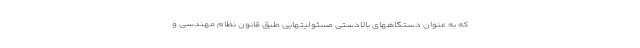
که به عنوان دستگاههای بالادستی مسئولیتهایی طبق قانون نظام مهندسی و